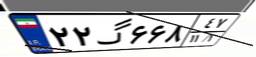
۲۱گ۴۶۹۹۹